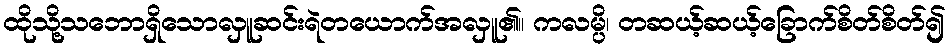
ထိုသို့သဘောရှိသောလှူဆင်းရဲတယောက်အလှူ၏။ ကလမ္ပိ၊ တဆယ့်ဆယ့်ခြောက်စိတ်စိတ်၍